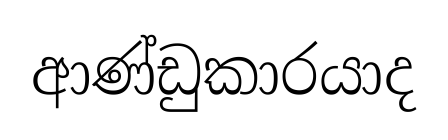
ආණ්ඩුකාරයාද